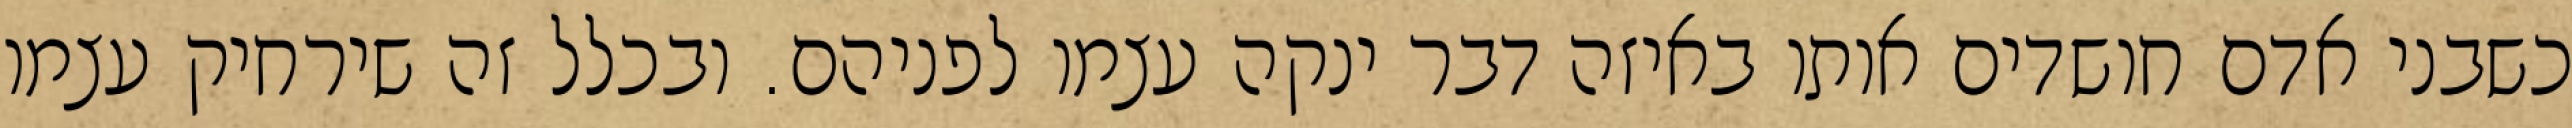
כשבני אדם חושדים אותו באיזה דבר ינקה עצמו לפניהם. ובכלל זה שירחיק עצמו